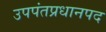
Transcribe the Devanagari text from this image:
उपपंतप्रधानपद